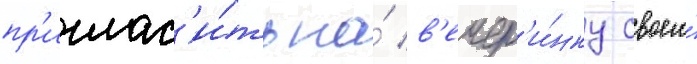
пр'иглас'и́ть на́ в'ечер'и́нку своего́